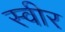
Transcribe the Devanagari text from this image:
स्वीर